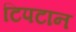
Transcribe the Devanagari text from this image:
टिपटान